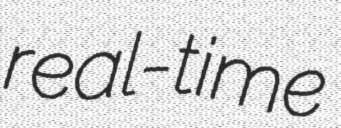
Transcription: real-time